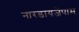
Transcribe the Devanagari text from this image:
नारडायजेपाम